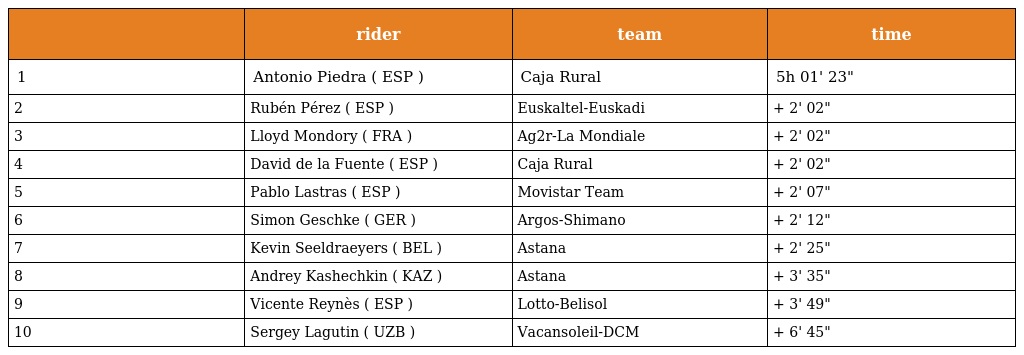
|  | rider | team | time |
 | --- | --- | --- | --- |
 | 1 | Antonio Piedra ( ESP ) | Caja Rural | 5h 01' 23" |
 | 2 | Rubén Pérez ( ESP ) | Euskaltel-Euskadi | + 2' 02" |
 | 3 | Lloyd Mondory ( FRA ) | Ag2r-La Mondiale | + 2' 02" |
 | 4 | David de la Fuente ( ESP ) | Caja Rural | + 2' 02" |
 | 5 | Pablo Lastras ( ESP ) | Movistar Team | + 2' 07" |
 | 6 | Simon Geschke ( GER ) | Argos-Shimano | + 2' 12" |
 | 7 | Kevin Seeldraeyers ( BEL ) | Astana | + 2' 25" |
 | 8 | Andrey Kashechkin ( KAZ ) | Astana | + 3' 35" |
 | 9 | Vicente Reynès ( ESP ) | Lotto-Belisol | + 3' 49" |
 | 10 | Sergey Lagutin ( UZB ) | Vacansoleil-DCM | + 6' 45" |